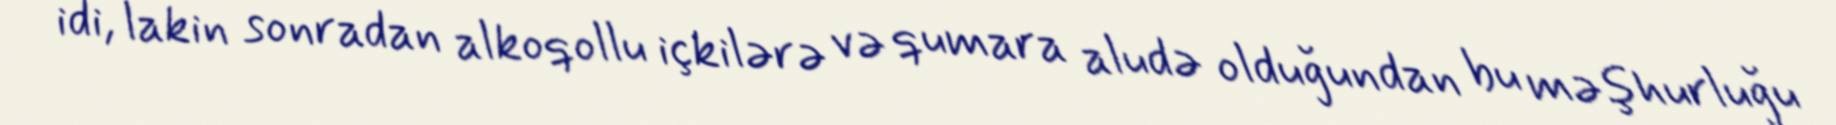
idi, lakin sonradan alkoqollu içkilərə və qumara aludə olduğundan bu məşhurluğu